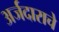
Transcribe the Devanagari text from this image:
अर्जदाराचे